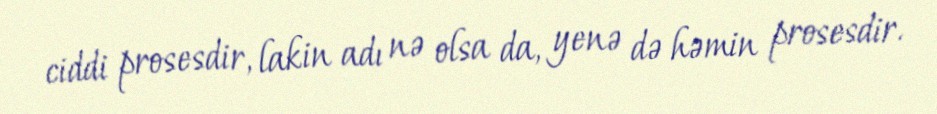
ciddi prosesdir, lakin adı nə olsa da, yenə də həmin prosesdir.